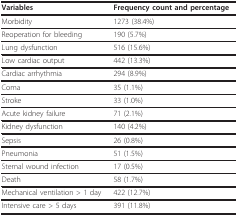
<table><thead><tr><td><b>Variables</b></td><td><b>Frequency count and percentage</b></td></tr></thead><tbody><tr><td>Morbidity</td><td>1273 (38.4%)</td></tr><tr><td>Reoperation for bleeding</td><td>190 (5.7%)</td></tr><tr><td>Lung dysfunction</td><td>516 (15.6%)</td></tr><tr><td>Low cardiac output</td><td>442 (13.3%)</td></tr><tr><td>Cardiac arrhythmia</td><td>294 (8.9%)</td></tr><tr><td>Coma</td><td>35 (1.1%)</td></tr><tr><td>Stroke</td><td>33 (1.0%)</td></tr><tr><td>Acute kidney failure</td><td>71 (2.1%)</td></tr><tr><td>Kidney dysfunction</td><td>140 (4.2%)</td></tr><tr><td>Sepsis</td><td>26 (0.8%)</td></tr><tr><td>Pneumonia</td><td>51 (1.5%)</td></tr><tr><td>Sternal wound infection</td><td>17 (0.5%)</td></tr><tr><td>Death</td><td>58 (1.7%)</td></tr><tr><td>Mechanical ventilation &gt; 1 day</td><td>422 (12.7%)</td></tr><tr><td>Intensive care &gt; 5 days</td><td>391 (11.8%)</td></tr></tbody></table>